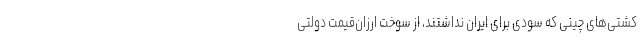
کشتی‌های چینی که سودی برای ایران نداشتند، از سوخت ارزان‌قیمت دولتی